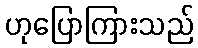
ဟုပြောကြားသည်